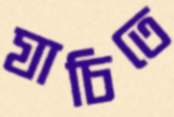
যাচিতে